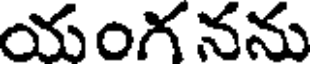
యంగ నను